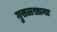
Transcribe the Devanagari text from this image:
ग़ुसलख़ाना